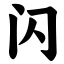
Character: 闪